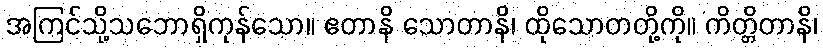
အကြင်သို့သဘောရှိကုန်သော။ ဧတာနိ သောတာနိ၊ ထိုသောတတို့ကို။ ကိတ္တိတာနိ၊